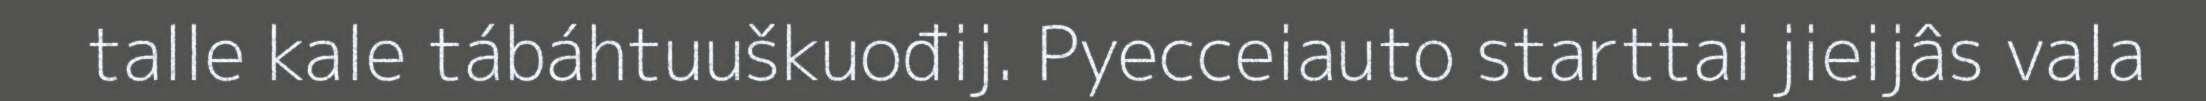
talle kale tábáhtuuškuođij. Pyecceiauto starttai jieijâs vala